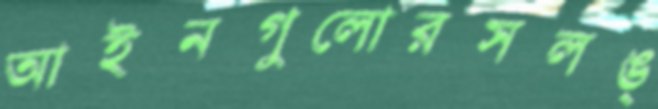
আইনগুলোরসলঙ্